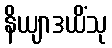
နိယျာဒယိံသု